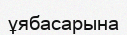
ұябасарына